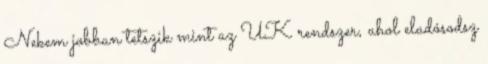
Nekem jobban tetszik mint az UK rendszer, ahol eladósodsz